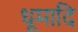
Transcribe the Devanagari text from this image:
धूमादि